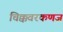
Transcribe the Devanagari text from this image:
चिक्कवरकणज